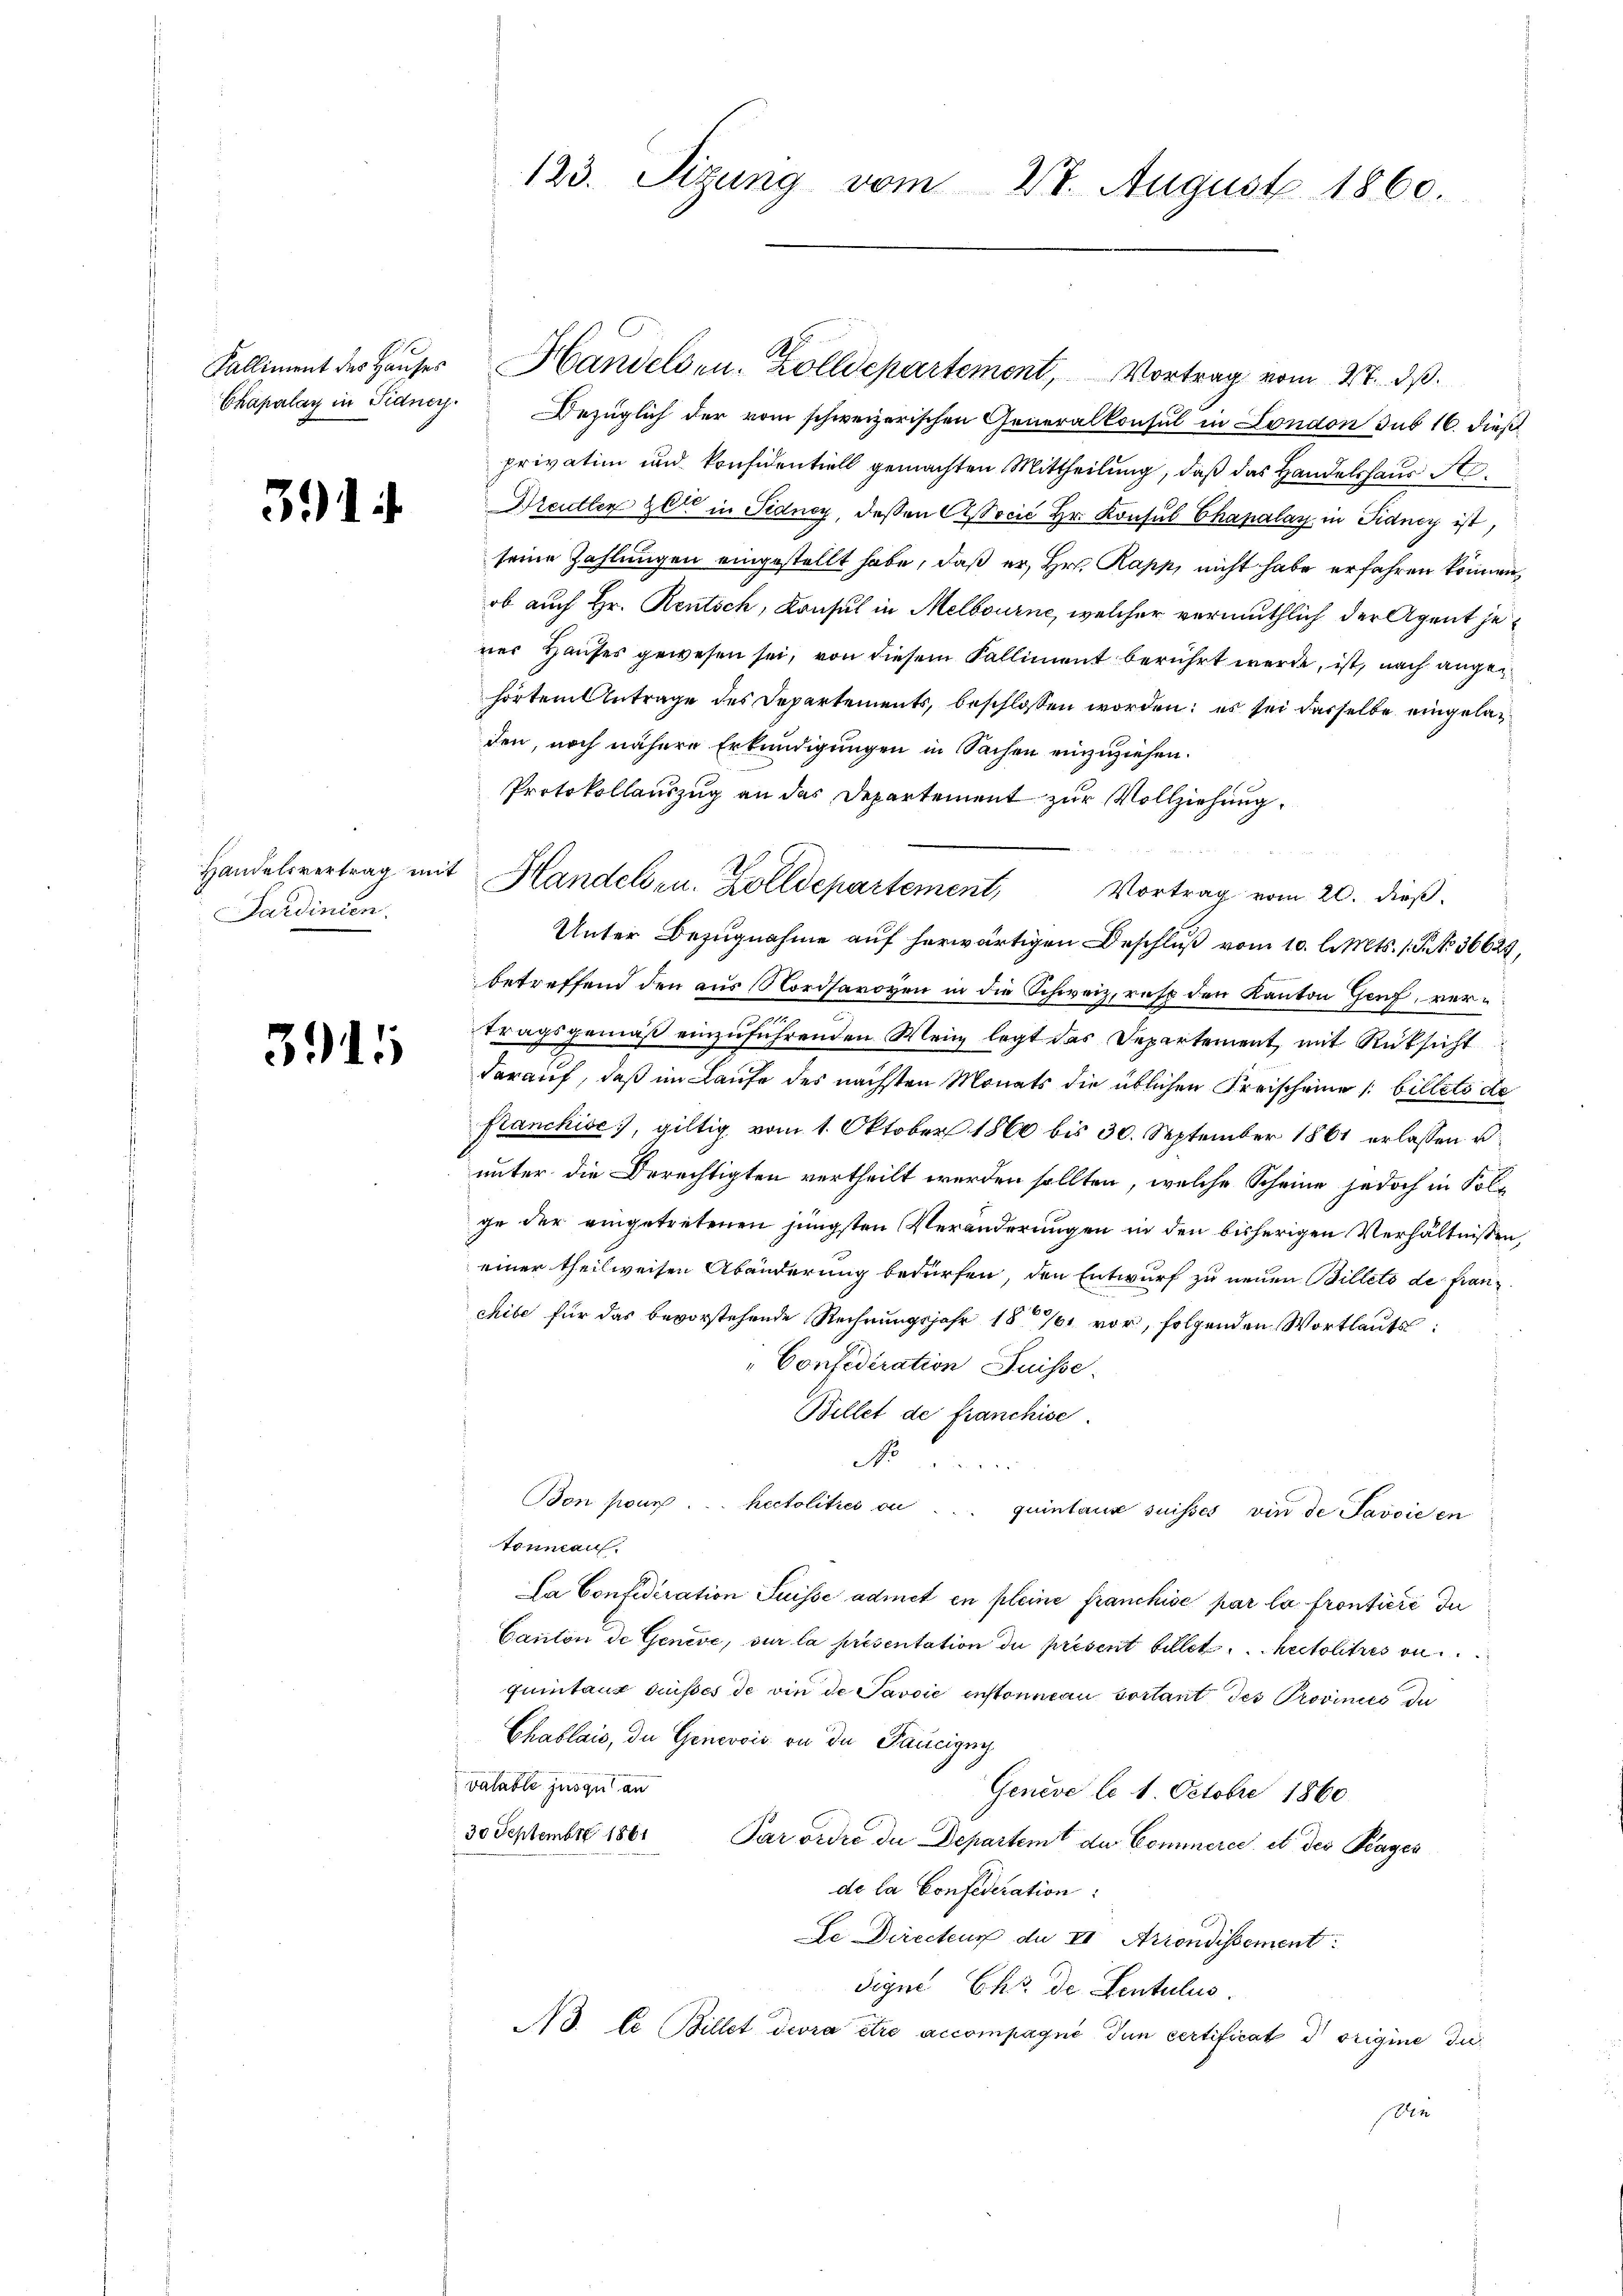
391

Sardinien.

3915

123. Sizung vom 27. August 1860.

Chapalay in Fidney. Bezüglich der vom schweizerischen Generalkonsul in London sub 16. dieß
privatim und konsidentiell gemachten Mittheilung, daß das Handelshaus A
Dreutter Zeit in Fidney, deßen Associć Hr. Konsul Chapalay in Fidney ist,
seine Zahlungen eingestellt habe, daß er, Hr. Rapp, nicht habe erfahren können,
ob auch Hr. Rentsch, Konsul in Melbourne, welcher vermuthlich der Agent jener Hauses gewesen sei, von diesem Falliment berührt werde, ist, nach angehörtem Antrage des Departements, beschlossen worden; es sei dasselbe eingeladen, noch nähere Erkundigungen in Sachen einzuziehen.
Protokollauszug an das Departement zur Vollziehung,
Unter Bezugnahme auf herwärtigen Beschluß vom 10. l. Mts. 1. P. No 36627,
betreffend den aus Nordsavoyen in die Schweiz, rest den Kanton Genf, vern
tragsgemäß einzuführenden Mein legt das Departement, mit Rücksicht
darauf, daß im Laufe des nächsten Monats die üblichen Freischeine /: billeto de
franckise), giltig vom 1. Oktober 1860 bis 30. September 1861 erlassen u.
unter die Berechtigten vertheilt werden sollten, welche Scheine jedoch in Folge der eingetretenen jüngsten Veränderungen in den bisherigen Verhältnissen,
einer theilweisen Abänderung bedürfen, den Entwurf zu neuen Billets de franz
chibe für das bevorstehende Rechnungsjahr 1876 vor, folgenden Wortlauts:
Confediration Suisse.
Billet de franchise.
No
8x
Bon pour . . . Rectolitres on ... quintaus suisses vin de Javoie en
tonnan
La Confederation Suisse admet en pleine Franchise par la frontiere du
Canton de Geneve, sur la présentation du présent billet heitslitzes vo
quitaux suisses de vie de Savoie enstonnau vortant des Provinces di
Chablais, die Genevois in du Paucigny
valable jusquan
Geneve le 1. Octobre 1860
30 Septembr 1861 Parordre die Departem de Commerce et der Kager
de la Confederation:
Le Directeur du II Arrondissement:
Signe Chr. de Lentulus.
N3 te Billet devra être accompagni den certificat d origine du
f
den

Kalliment des Haŭser Handelsen. Zolldepartement, Vortrag vom 27. dβ.

Handelsvertrag mit Handels zu. Zolldepartement, Vortrag vom 20. dieβ.